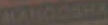
MAYOOSHA